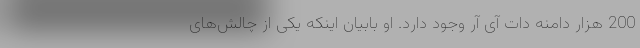
200 هزار دامنه دات آی آر وجود دارد. او بابیان اینکه یکی از چالش‌های